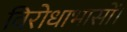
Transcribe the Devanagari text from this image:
विरोधाभासों।